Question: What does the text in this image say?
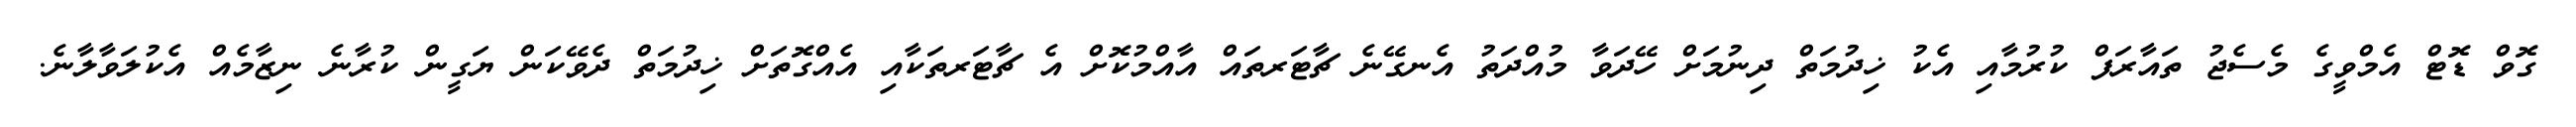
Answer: ގޮވް ޑޮޓް އެމްވީގެ މެސެޖު ތައާރަފް ކުރުމާއި އެކު ޚިދުމަތް ދިނުމަށް ހޭދަވާ މުއްދަތު އެނގޭނެ ޗާޓަރތައް އާއްމުކޮށް އެ ޗާޓަރތަކާއި އެއްގޮތަށް ޚިދުމަތް ދެވޭކަން ޔަގީން ކުރާނެ ނިޒާމެއް އެކުލަވާލާނެ.